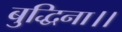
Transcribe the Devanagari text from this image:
बुद्धिना।।